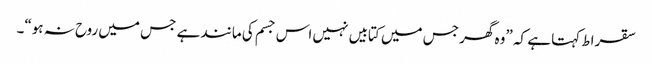
سقراط کہتا ہے کہ ”وہ گھر جس میں کتابیں نہیں اس جسم کی مانند ہے جس میں روح نہ ہو“۔